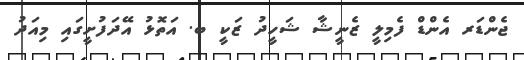
ޖެންޑަރ އެންޑް ފެމިލީ ޒެނީޝާ ޝަހީދު ޒަކީ ބ. އަތޮޅު އޭދަފުށީގައި މިއަދު